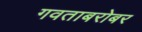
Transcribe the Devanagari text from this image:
गवताबरोबर